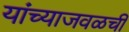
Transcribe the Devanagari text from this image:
यांच्याजवळची